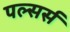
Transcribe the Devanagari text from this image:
पल्सर्स